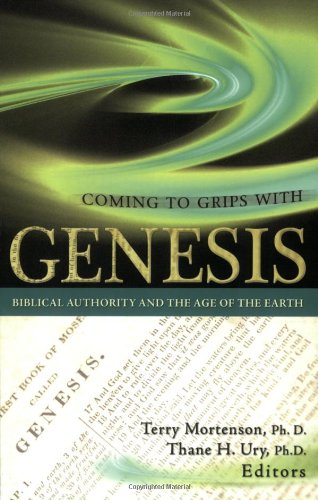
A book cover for Coming to Grips with Genesis: Biblical Authority and the Age of the Earth; Christian Books & Bibles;